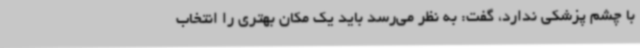
با چشم پزشکی ندارد، گفت: به نظر می‌رسد باید یک مکان بهتری را انتخاب